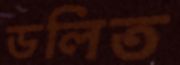
ডলিত